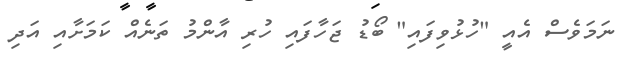
ނަމަވެސް އެއީ "ހުޅުވިފައި" ބޯޑު ޖަހާފައި ހުރި އާންމު ތަނެއް ކަމަށާއި އަދި